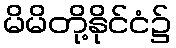
မိမိတို့နိုင်ငံ၌